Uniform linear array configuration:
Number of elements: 64
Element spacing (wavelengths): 1
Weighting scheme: uniform
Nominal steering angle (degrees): -45
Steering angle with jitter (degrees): -43.231
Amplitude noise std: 0.05
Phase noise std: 0.05

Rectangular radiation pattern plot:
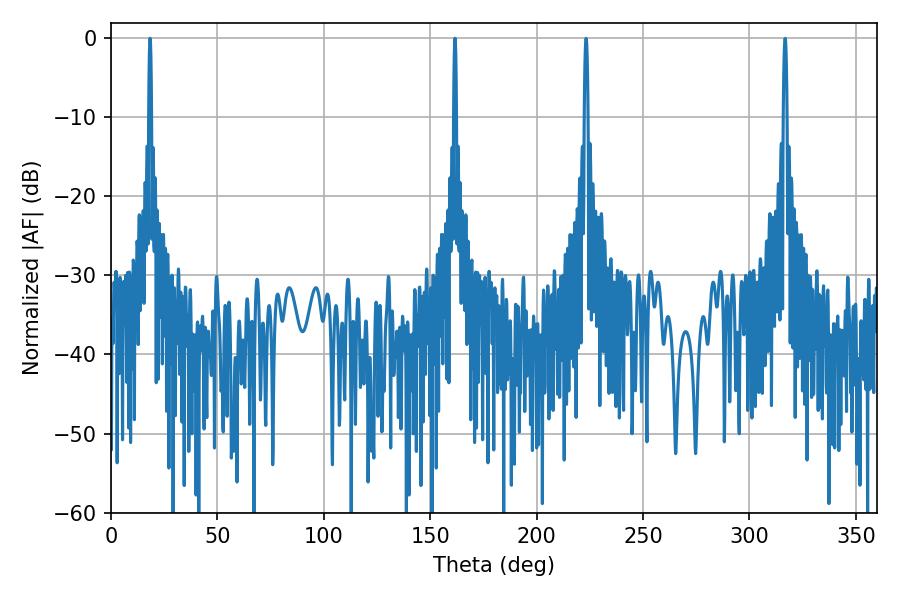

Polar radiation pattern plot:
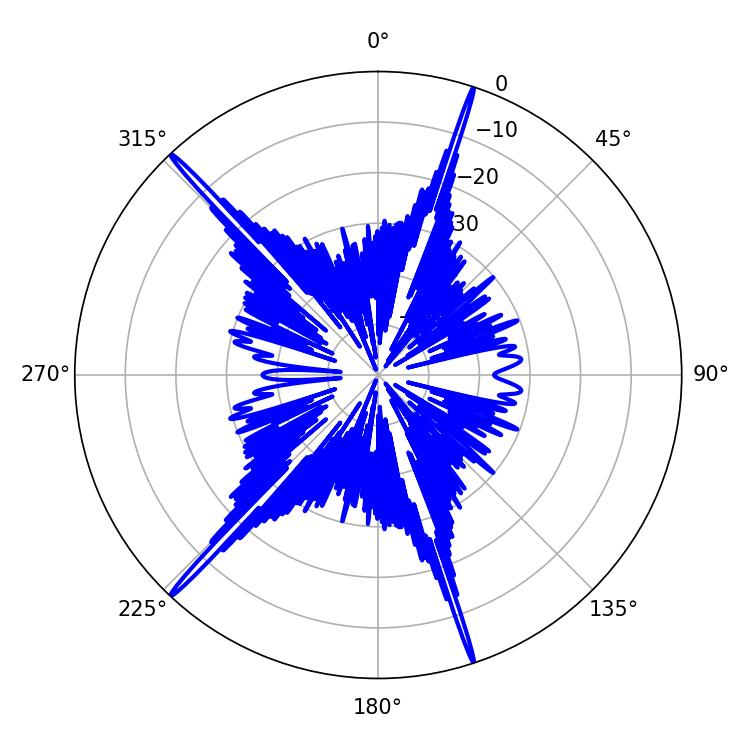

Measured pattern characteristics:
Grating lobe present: TRUE
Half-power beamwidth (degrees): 0.72
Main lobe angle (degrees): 161.64